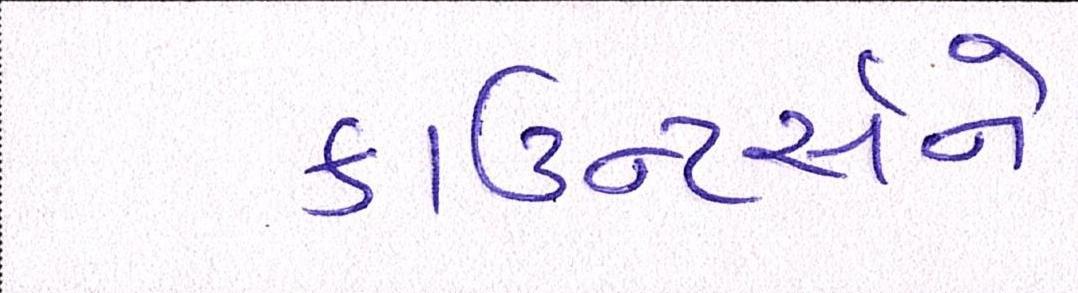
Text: કાઉન્ટર્સને